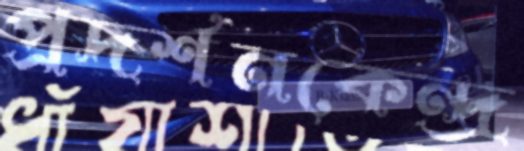
প্রদর্শনকেন্দ্র